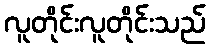
လူတိုင်းလူတိုင်းသည်